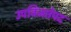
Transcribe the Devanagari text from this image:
उपविजतेपद